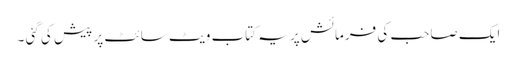
ایک صاحب کی فرمائش پر یہ کتاب ویٹ سائٹ پر پیش کی گئی ۔